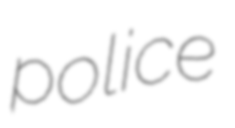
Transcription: police